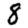
Digit: 8